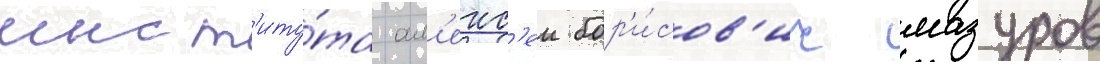
инст'иту́та ал'екс'еи бор'и́сов'ич мазуров